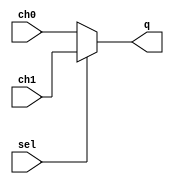
module program_counter_preset( ch0, ch1, q, sel);

input [15:0] ch0;
input [15:0] ch1;
input sel;
output [15:0]q;

assign q = (sel)? ch1 : ch0;

endmodule